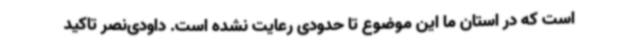
است که در استان ما این موضوع تا حدودی رعایت نشده است. داودی‌نصر تاکید